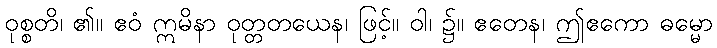
ဝုစ္စတိ၊ ၏။ ဧဝံ ဣမိနာ ဝုတ္တတယေန၊ ဖြင့်။ ဝါ၊ ၌။ ဧတေန၊ ဤဧကော ဓမ္မော